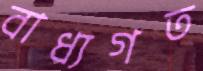
বাধ্যগত